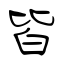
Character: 皆